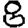
Digit: 8